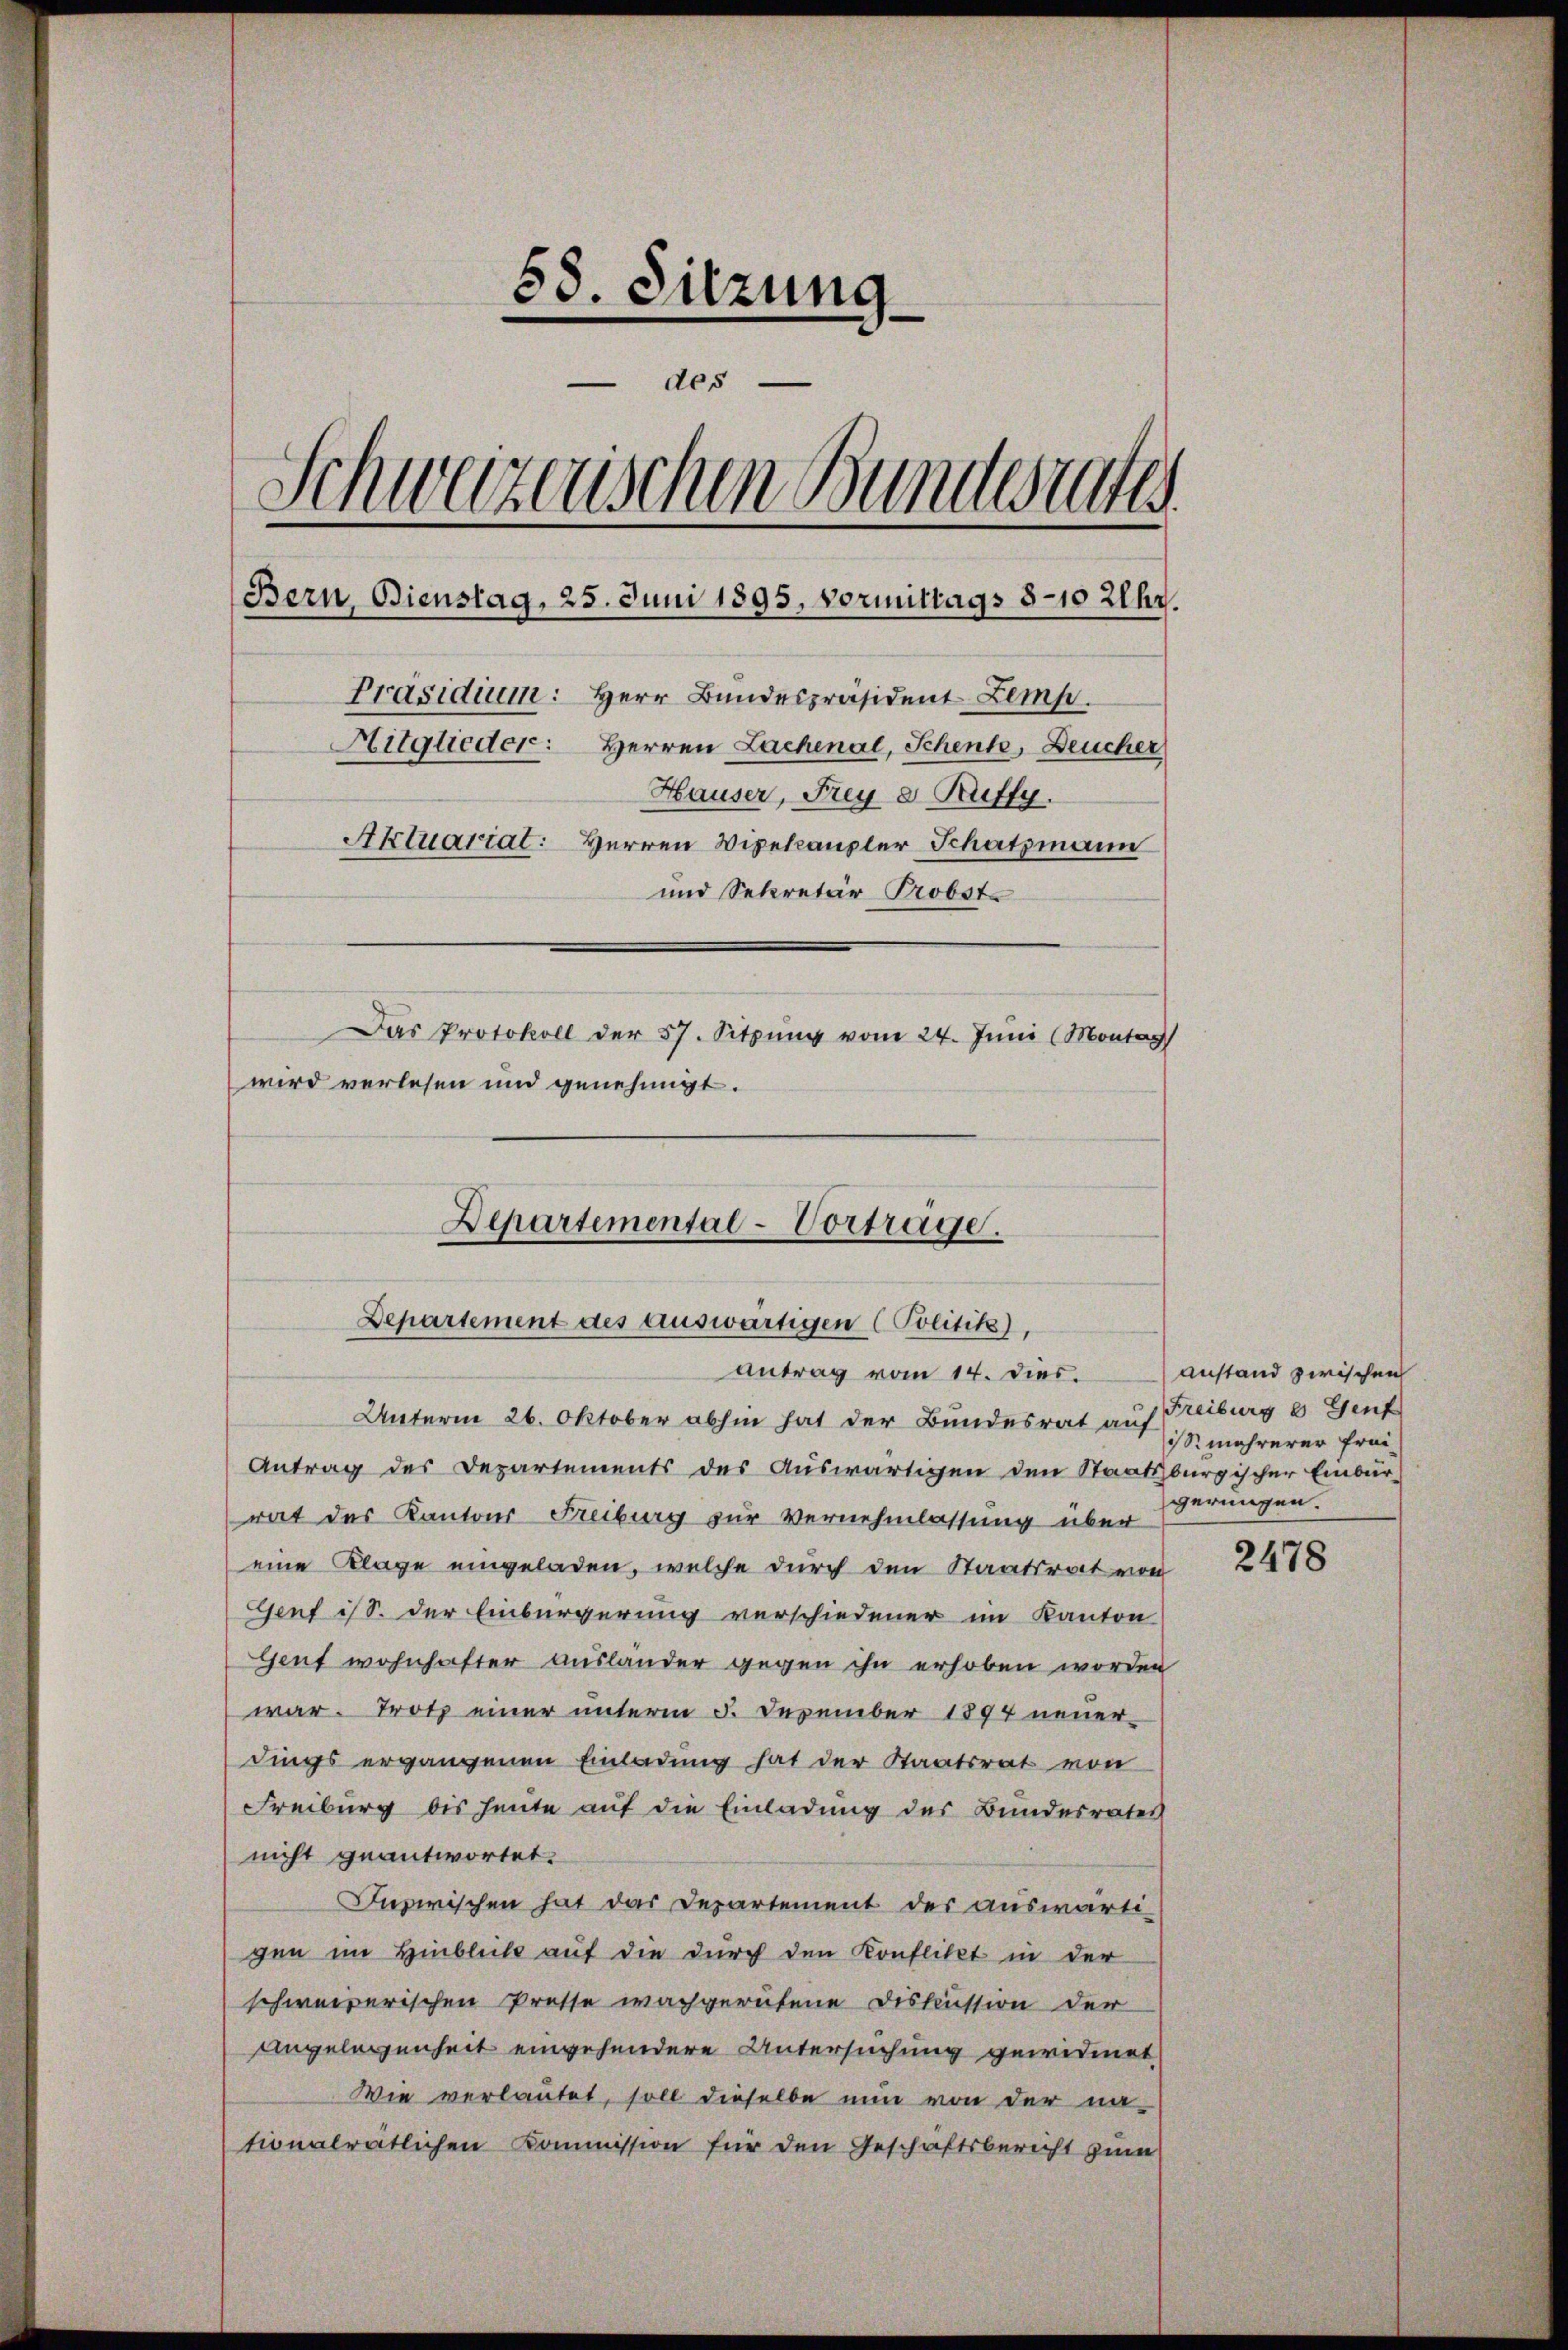
58. Sitzun
des
Schweizerischen Bundesrates
Bern, Bienstag, 25. Juni 1895. Vormittags 8-10 Uhr.
Präsidium: Herr Bundespräsident Lemp.
Mitglieder: Herren Lachenal, Schente, Deucher
Hauser, Frey e Ruffy.
Aktuariat: Herren Vizekanzler Schatzmann
und Secretär Probste
Das Protokoll der 57. Sitzŭng vom 24. Juni (Montag
wird verlesen und genehmigt.

Departemental-Vortrage.
Departement des auswärtigen (Politik).
antrag vom 14. dies.

Unterm 26. Oktober abhin hat der Bundesrat auf Treiburg 6 Genf
Antrag des Departements des Auswärtigen den Staatsburgischer Einbür-
rat des Kantons Freiburg zur Vernehmlassung über
eine Klage eingeladen, welche durch den Staatsrat von
Genf ist. Der Einbürgerung verschiedener im Kanton
Gent wohnhafter ausländer gegen ihn erhoben worden
war. Trotz einer unterm 5. Dezember 1894 neuer-
dings ergangenen Einladung hat der Staatsrat von
Freiburg bis heute auf die Einladung des Bundesrates
nicht geantwortet.
Inzwischen hat das Departement der auswärti-
gen im Hinblick auf die durch den Konflikt in der
schweizerischen Presse wachgerufene Diskussion der
Angelegenheit eingehendere Untersuchung gewidmet
Wie verlautet, soll dieselbe nun von der na-
tionalrätlichen Kommission für den Geschäftsbericht zum

anstand zwischen
is mehrerer Frei-
gerungen.

2478